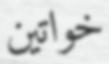
خواتين